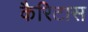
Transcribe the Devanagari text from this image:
कैरिटास